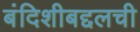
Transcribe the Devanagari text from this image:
बंदिशीबद्दलची